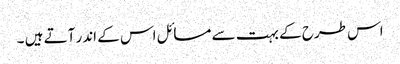
اس طرح کے بہت سے مسائل اس کے اندر آتے ہیں ۔